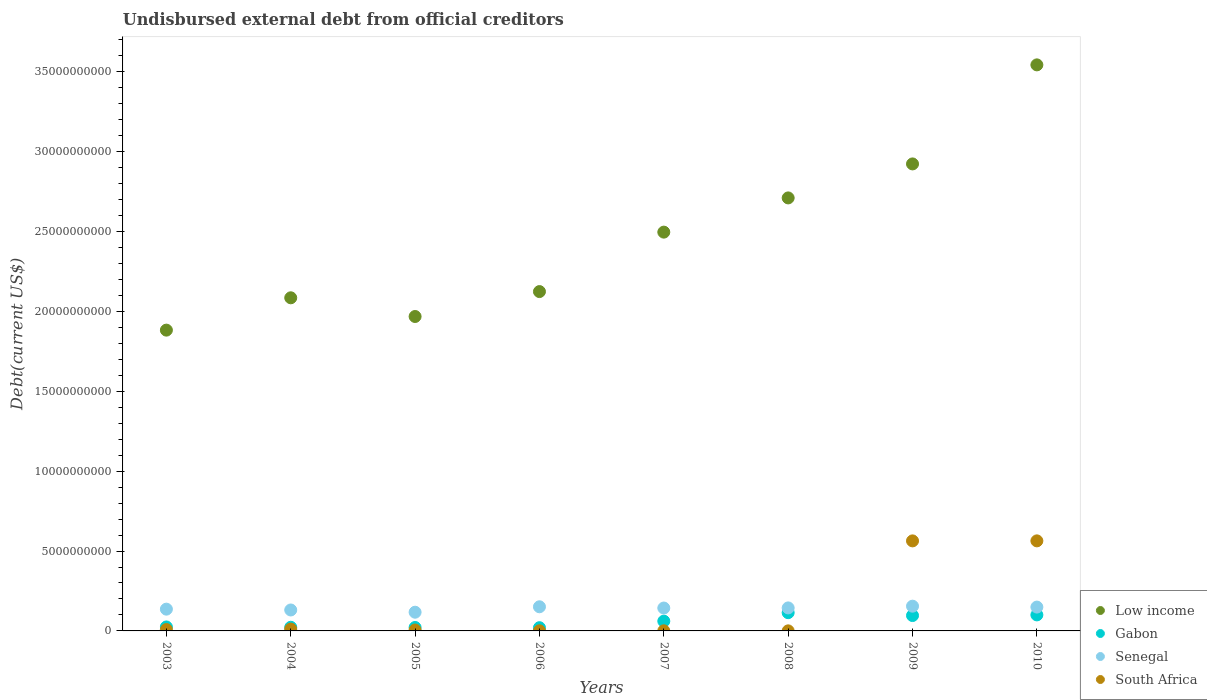
| Years | Low income | Gabon | Senegal | South Africa |
 | --- | --- | --- | --- | --- |
 | 2003 | 1.88e+10 | 2.49e+08 | 1.36e+09 | 8.62e+07 |
 | 2004 | 2.09e+10 | 2.28e+08 | 1.31e+09 | 1.16e+08 |
 | 2005 | 1.97e+10 | 2.15e+08 | 1.17e+09 | 5.7e+07 |
 | 2006 | 2.12e+10 | 2.02e+08 | 1.51e+09 | 7.04e+06 |
 | 2007 | 2.5e+10 | 6.12e+08 | 1.43e+09 | 7.04e+06 |
 | 2008 | 2.71e+10 | 1.14e+09 | 1.44e+09 | 3.94e+06 |
 | 2009 | 2.92e+10 | 9.63e+08 | 1.55e+09 | 5.64e+09 |
 | 2010 | 3.54e+10 | 1e+09 | 1.49e+09 | 5.64e+09 |